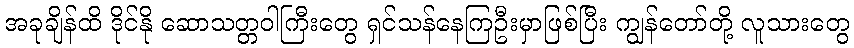
အခုချိန်ထိ ဒိုင်နို ဆောသတ္တဝါကြီးတွေ ရှင်သန်နေကြဦးမှာဖြစ်ပြီး ကျွန်တော်တို့ လူသားတွေ